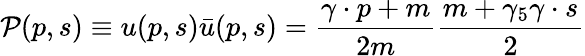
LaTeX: \mathcal{P}(p,s)\equiv u(p,s)\bar{u}(p,s)=\frac{\gamma\cdot p+m}{2m}\frac{m+\gamma_{5}\gamma\cdot s}{2}